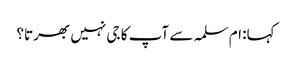
کہا: ام سلمہ سے آپ کا جی نہیں بھرتا؟